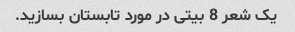
یک شعر 8 بیتی در مورد تابستان بسازید.